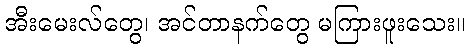
အီးမေးလ်တွေ၊ အင်တာနက်တွေ မကြားဖူးသေး။